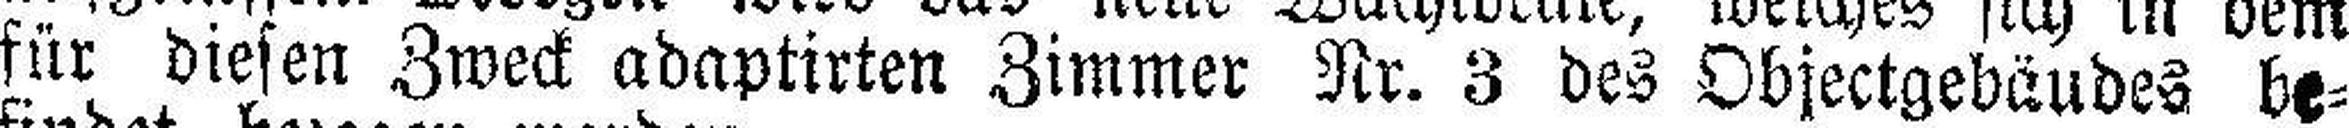
für diesen Zweck adaptirten Zimmer Nr. 3 des Objectgebäudes be¬